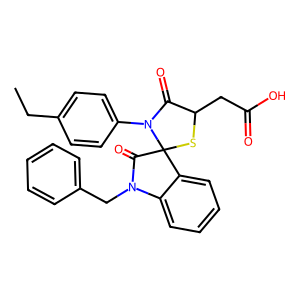
SMILES: CCc1ccc(N2C(=O)C(CC(=O)O)SC23C(=O)N(Cc2ccccc2)c2ccccc23)cc1
Inhibits HIV replication: No